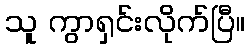
သူ ကွာရှင်းလိုက်ပြီ။